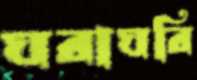
ঘরাঘরি